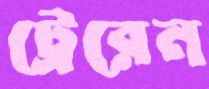
ট্রেরেন